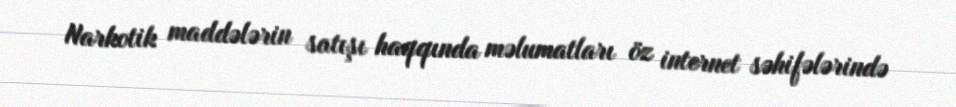
Narkotik maddələrin satışı haqqında məlumatları öz internet səhifələrində